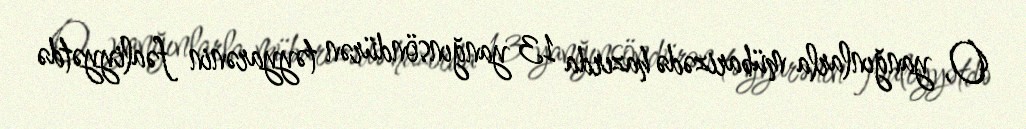
O, yanğınlarla mübarizədə hazırda 13 yanğınsöndürən təyyarənin fəaliyyətdə